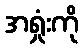
အရှုံးကို